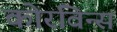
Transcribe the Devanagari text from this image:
कोरविन्स